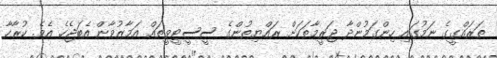
ތަރައްގީގެ ނަމުގައި ހިންގަމުންދާ ޖަރީމާތަކަށް ރައްޔިތުންގެ ސީސީޓީވީތައް އަމާޒުވާން އެބަޖެހެ އެވެ. ކުރާހާ